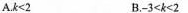
A.$$k < 2$$ B.$$- 3 < k < 2$$